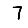
Digit: 7